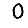
Digit: 0